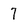
Character: 7